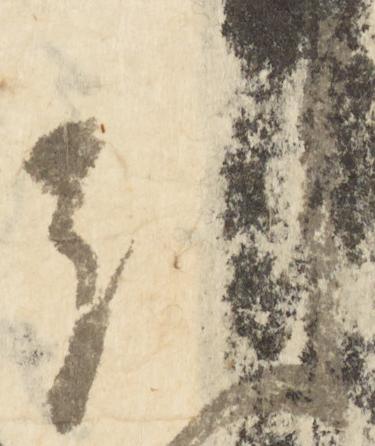
引